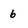
Character: 6